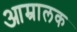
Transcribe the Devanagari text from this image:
आम्रालक